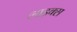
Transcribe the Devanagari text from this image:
लाइक्‍स